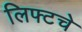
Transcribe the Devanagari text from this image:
लिफ्टचे